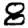
Digit: 8